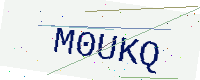
Text: M0UKQ